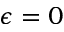
\epsilon = 0